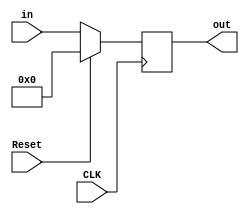
`timescale 1ns / 1ps
//////////////////////////////////////////////////////////////////////////////////
// Company: 
// Engineer: 
// 
// Design Name: 
// Module Name: Data_Memory_Reg
// Project Name: 
// Target Devices: 
// Tool Versions: 
// Description: 
// 
// Dependencies: 
// 
// Revision:
// Revision 0.01 - File Created
// Additional Comments:
// 
//////////////////////////////////////////////////////////////////////////////////


module Data_Memory_Reg(CLK,Reset,out,in);

input CLK,Reset;
input [31:0] in;

output reg [31:0] out;

always @ (posedge CLK)
begin
    if(Reset)
       out <= 0;
    else
        out <= in;
end
endmodule